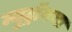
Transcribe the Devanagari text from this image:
न्युट्रॉनचा